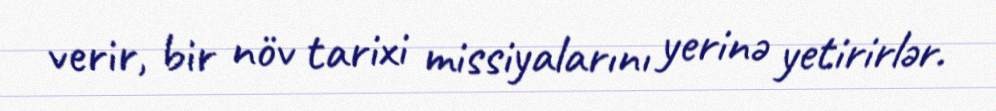
verir, bir növ tarixi missiyalarını yerinə yetirirlər.